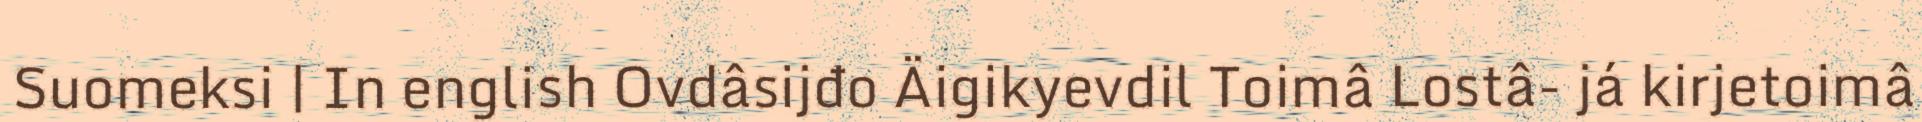
Suomeksi | In english Ovdâsijđo Äigikyevdil Toimâ Lostâ- já kirjetoimâ